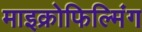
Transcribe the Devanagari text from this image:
माइक्रोफिल्मिंग